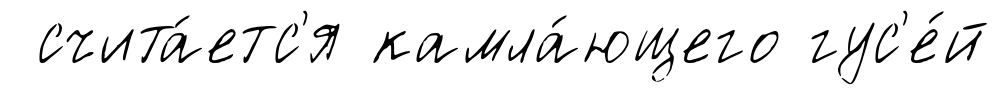
счита́етс'я камла́ющего гус'е́й